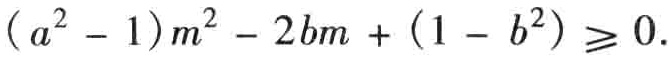
\((a^{2}-1)m^{2}-2bm+(1 - b^{2})\geqslant0\)